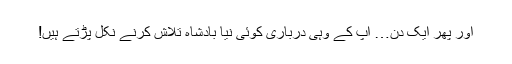
اور پھر ایک دن… آپ کے وہی درباری کوئی نیا بادشاہ تلاش کرنے نکل پڑتے ہیں!